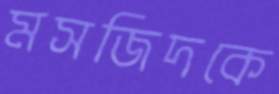
মসজিদকে